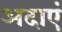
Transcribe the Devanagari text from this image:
अदाएं